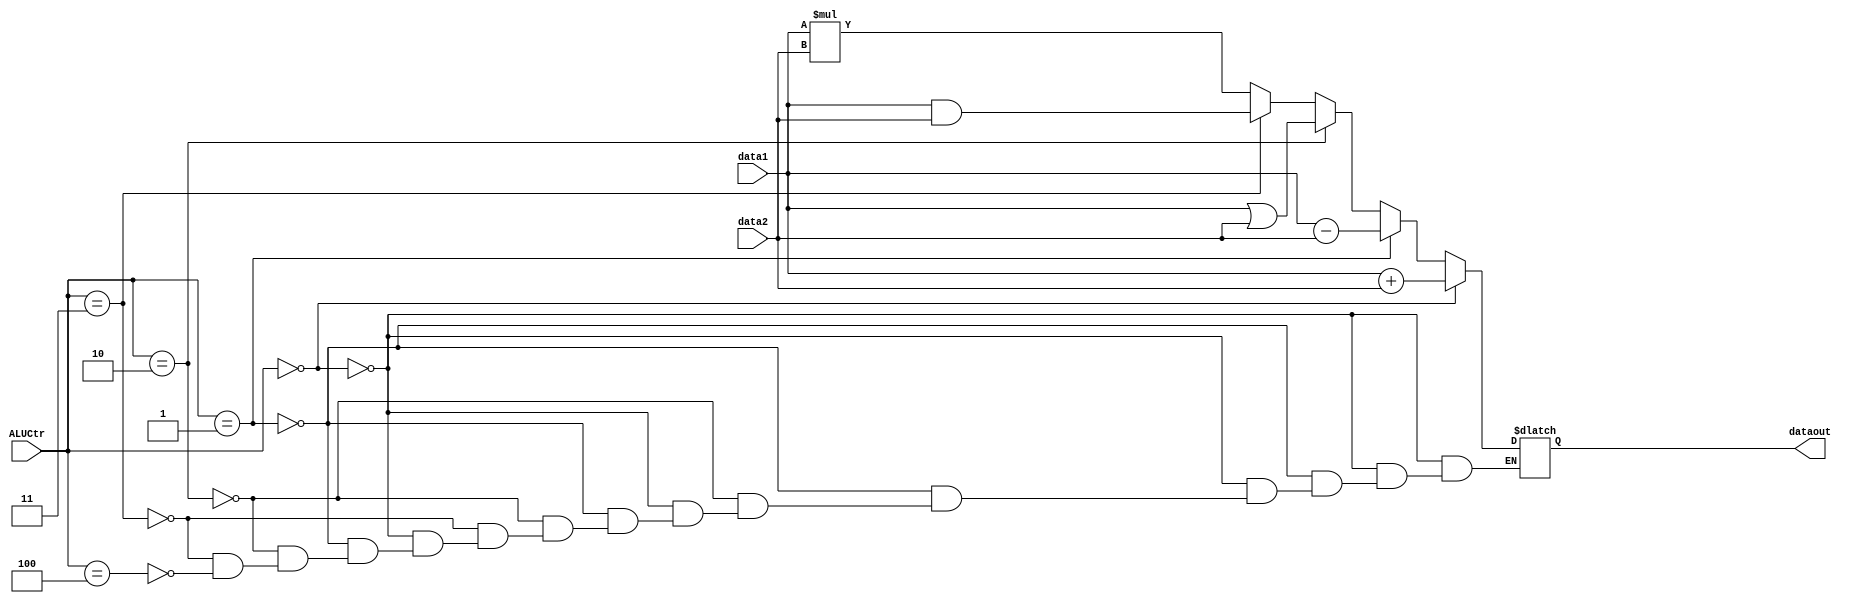
module ALU(
	data1,
	data2,
	ALUCtr,
	dataout
);

input[31:0] data1;
input[31:0] data2;
input[2:0] ALUCtr;
output[31:0] dataout;

reg[31:0] do;

always@(*)
begin
  if(ALUCtr == 3'b000)
  	do = data1 + data2;
  else if(ALUCtr == 3'b001)
    do = data1 - data2;
  else if(ALUCtr == 3'b010)
    do = data1 | data2;
  else if(ALUCtr == 3'b011)
    do = data1 & data2;
  else if(ALUCtr == 3'b100)
    do = data1 * data2;
end

assign dataout = do;

endmodule